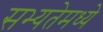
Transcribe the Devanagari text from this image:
सभ्यतेमध्ये